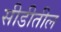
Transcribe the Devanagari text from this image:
सीडीतील